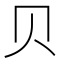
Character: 贝